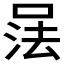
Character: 𰇹